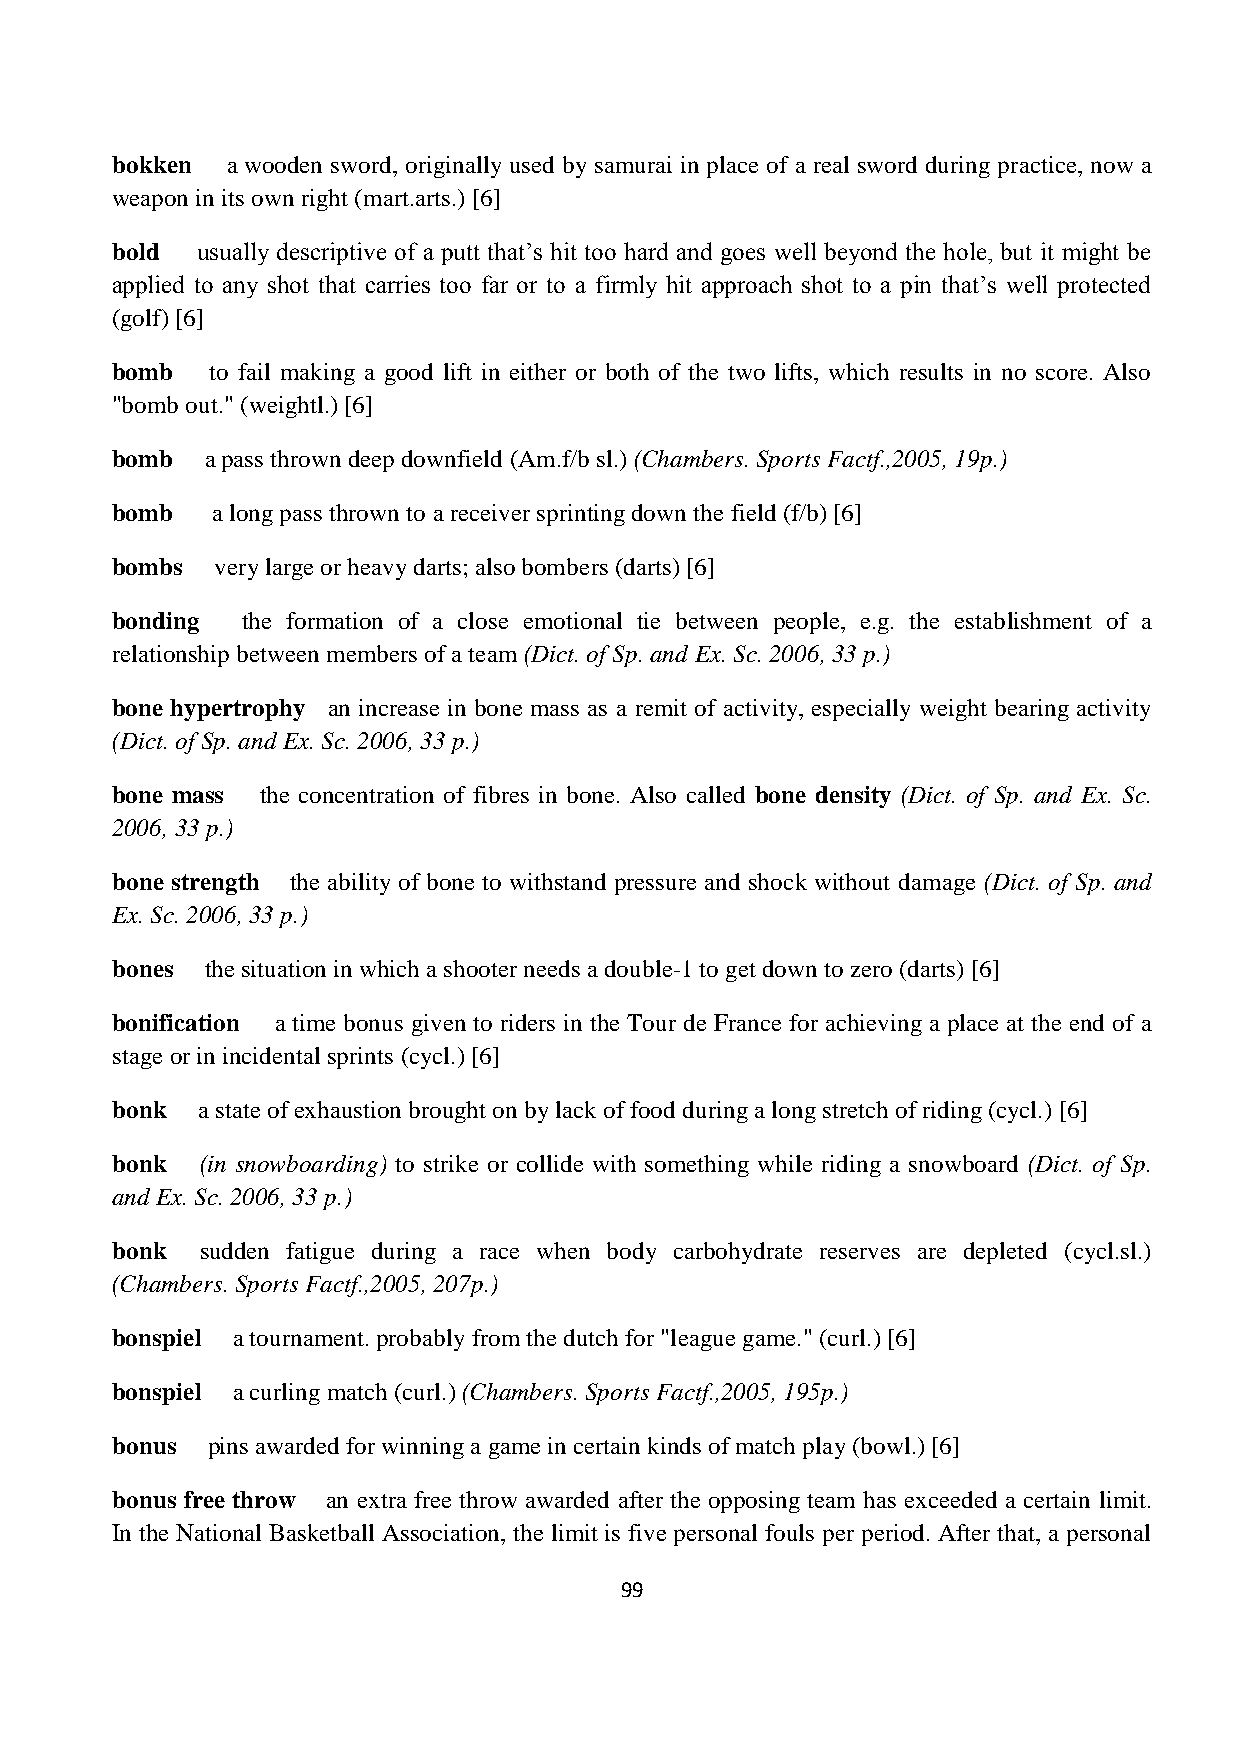
bokken  a wooden sword, originally used by samurai in place of a real sword during practice, now a
 weapon in its own right (mart.arts.) [6]
 bold  usually descriptive of a putt that’s hit too hard and goes well beyond the hole, but it might be
 applied to any shot that carries too far or to a firmly hit approach shot to a pin that’s well protected
 (golf) [6]
 bomb   to fail making a good lift in either or both of the two lifts, which results in no score. Also
 "bomb out." (weightl.) [6]
 bomb   a pass thrown deep downfield (Am.f/b sl.) (Chambers. Sports Factf.,2005, 19p.)
 bomb   a long pass thrown to a receiver sprinting down the field (f/b) [6]
 bombs  very large or heavy darts; also bombers (darts) [6]
 bonding  the formation of a close emotional tie between people, e.g. the establishment of a
 relationship between members of a team (Dict. of Sp. and Ex. Sc. 2006, 33 p.)
 bone hypertrophy an increase in bone mass as a remit of activity, especially weight bearing activity
 (Dict. of Sp. and Ex. Sc. 2006, 33 p.)
 bone mass the concentration of fibres in bone. Also called bone density (Dict. of Sp. and Ex. Sc.
 2006, 33 p.)
 bone strength the ability of bone to withstand pressure and shock without damage (Dict. of Sp. and
 Ex. Sc. 2006, 33 p.)
 bones  the situation in which a shooter needs a double-1 to get down to zero (darts) [6]
 bonification a time bonus given to riders in the Tour de France for achieving a place at the end of a
 stage or in incidental sprints (cycl.) [6]
 bonk  a state of exhaustion brought on by lack of food during a long stretch of riding (cycl.) [6]
 bonk  (in snowboarding) to strike or collide with something while riding a snowboard (Dict. of Sp.
 and Ex. Sc. 2006, 33 p.)
 bonk  sudden fatigue during a race when body carbohydrate reserves are depleted (cycl.sl.)
 (Chambers. Sports Factf.,2005, 207p.)
 bonspiel a tournament. probably from the dutch for "league game." (curl.) [6]
 bonspiel a curling match (curl.) (Chambers. Sports Factf.,2005, 195p.)
 bonus  pins awarded for winning a game in certain kinds of match play (bowl.) [6]
 bonus free throw an extra free throw awarded after the opposing team has exceeded a certain limit.
 In the National Basketball Association, the limit is five personal fouls per period. After that, a personal
 99